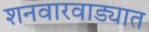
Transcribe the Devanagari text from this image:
शनवारवाड्यात